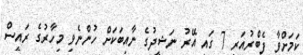
ކަމަށްވާ ފެބްރުއަރީ 7 ގައި އޭރު ނަޝީދުގެ ނާއިބަކަށް ހުންނެވި މިހާރުގެ ރައީސް